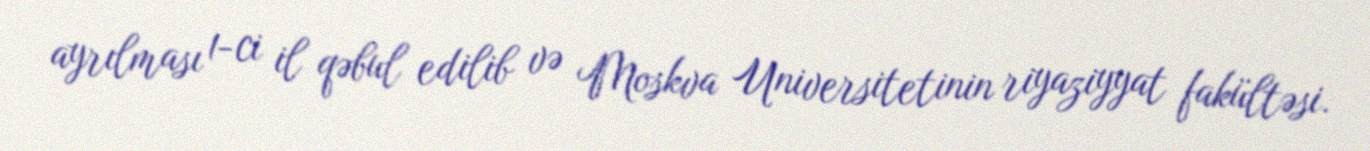
ayrılması 1-ci il qəbul edilib və Moskva Universitetinin riyaziyyat fakültəsi.